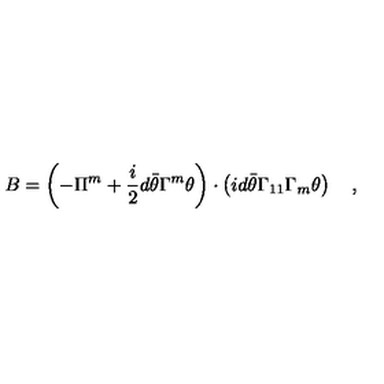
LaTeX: B = \left( - \Pi ^ { m } + \frac i 2 d \bar { \theta } \Gamma ^ { m } \theta \right) \cdot \left( i d \bar { \theta } \Gamma _ { 1 1 } \Gamma _ { m } \theta \right) \quad ,